Sketch of the medical history of the native army of Bombay, for the year
Year: 1870
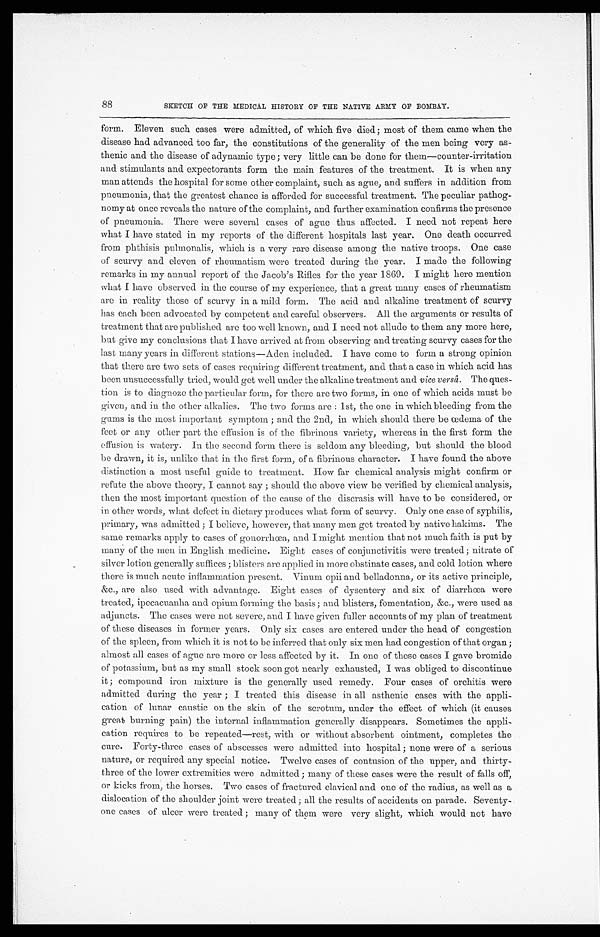
88
SKETCH OF THE MEDICAL HISTORY OF THE NATIVE ARMY OF BOMBAY.
form, Eleven such cases were admitted, of which five died ; most of them came when the
disease had advanced too far, the constitutions of the generality of the men being very as-
-thenic and the disease of adynamic type ; very little can be done for them—counter-irritation
and stimulants and expectorants form the main features of the treatment. It is when any
man attends the hospital for some other complaint, such as ague, and suffers in addition from
pneumonia, that the greatest chance is afforded for successful treatment. The peculiar pathog
-nomy at once reveals the nature of the complaint, and further examination confirms the presence
of pneumonia. There were several cases of ague thus affected. I need not repeat here
what I have stated in my reports of the different hospitals last year. One death occurred
from phthisis pulmonalis, which is a very rare disease among the native troops. One case
of scurvy and eleven of rheumatism were treated during the year. I made the following
remarks in my annual report of the Jacob's Rifles for the year 1869. I might here mention
what I have observed in the course of my experience, that a great many cases of rheumatism
are in reality those of scurvy in a mild form. The acid and alkaline treatment of scurvy
has each been advocated by competent and careful observers. All the arguments or results of
treatment that are published are too well known, and I need not allude to them any more here,
but give my conclusions that I have arrived at from observing and treating scurvy cases for the
last many years in different stations—Aden included. I have come to form a strong opinion
that there are two sets of cases requiring different treatment, and that a case in which acid has
been unsuccessfully tried, would get well under the alkaline treatment and vice versâ. The ques-
-tion is to diagnoze the particular form, for there are two forms, in one of which acids must be
given, and in the other alkalies. The two forms are : 1st, the one in which bleeding from the
gums is the most important symptom ; and the 2nd, in which should there be œdema of the
feet or any other part the effusion is of the fibrinous variety, whereas in the first form the
effusion is watery. In the second form there is seldom any bleeding, but should the blood
be drawn, it is, unlike that in the first form, of a fibrinous character. I have found the above
distinction a most useful guide to treatment. How far chemical analysis might confirm or
refute the above theory, I cannot say ; should the above view be verified by chemical analysis,
then the most important question of the cause of the discrasis will have to be considered, or
in other words, what defect in dietary produces what form of scurvy. Only one case of syphilis,
primary, was admitted ; I believe, however, that many men get treated by native hakims. The
same remarks apply to cases of gonorrhœa, and I might mention that not much faith is put by
many of the men in English medicine. Eight cases of conjunctivitis were treated; nitrate of
silver lotion generally suffices ; blisters are applied in more obstinate cases, and cold lotion where
there is much acute inflammation present. Vinum opii and belladonna., or its active principle,
&c., are also used with advantage. Eight cases of dysentery and six of diarrhœa were
treated, ipecacuanha and opium forming the basis ; and blisters, fomentation, &c., were used as
adjuncts. The cases were not severe, and I have given fuller accounts of my plan of treatment
of these diseases in former years. Only six cases are entered under the head of congestion
of the spleen, from which it is not to be inferred that only six men had congestion of that organ ;
almost all cases of ague are more or less affected by it. In one of these cases I gave bromide
of potassium, but as my small stock soon got nearly exhausted, I was obliged to discontinue
it ; compound iron mixture is the generally used remedy. Four cases of orchitis were
admitted during the year ; I treated this disease in all asthenic cases with the appli--
cation of lunar caustic on the skin of the scrotum, under the effect of which (it causes
great burning pain) the internal inflammation generally disappears. Sometimes the appli--
cation requires to be repeated—rest, with or without absorbent ointment, completes the
cure. Forty-three cases of abscesses were admitted into hospital ; none were of a serious
nature, or required any special notice. Twelve cases of contusion of the upper, and thirty
-three of the lower extremities were admitted ; many of these cases were the result of falls off,
or kicks from, the horses. Two cases of fractured clavical and one of the radius, as well as a
dislocation of the shoulder joint were treated ; all the results of accidents on parade. Seventy
-one cases of ulcer were treated ; many of them were very slight, which would not have